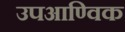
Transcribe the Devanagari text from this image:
उपआण्विक